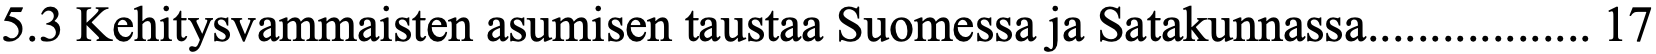
5.3 Kehitysvammaisten asumisen taustaa Suomessa ja Satakunnassa.................. 17